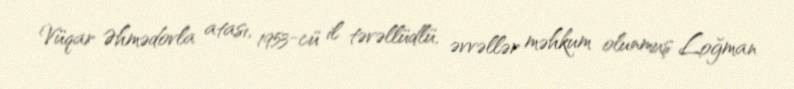
Vüqar Əhmədovla atası, 1953-cü il təvəllüdlü, əvvəllər məhkum olunmuş Loğman